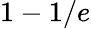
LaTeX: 1-1/e